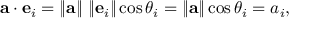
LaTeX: \mathbf { a } \cdot \mathbf { e } _ { i } = \left\| \mathbf { a } \right\| \, \left\| \mathbf { e } _ { i } \right\| \cos \theta _ { i } = \left\| \mathbf { a } \right\| \cos \theta _ { i } = a _ { i } ,